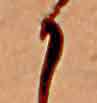
か